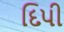
દિપી